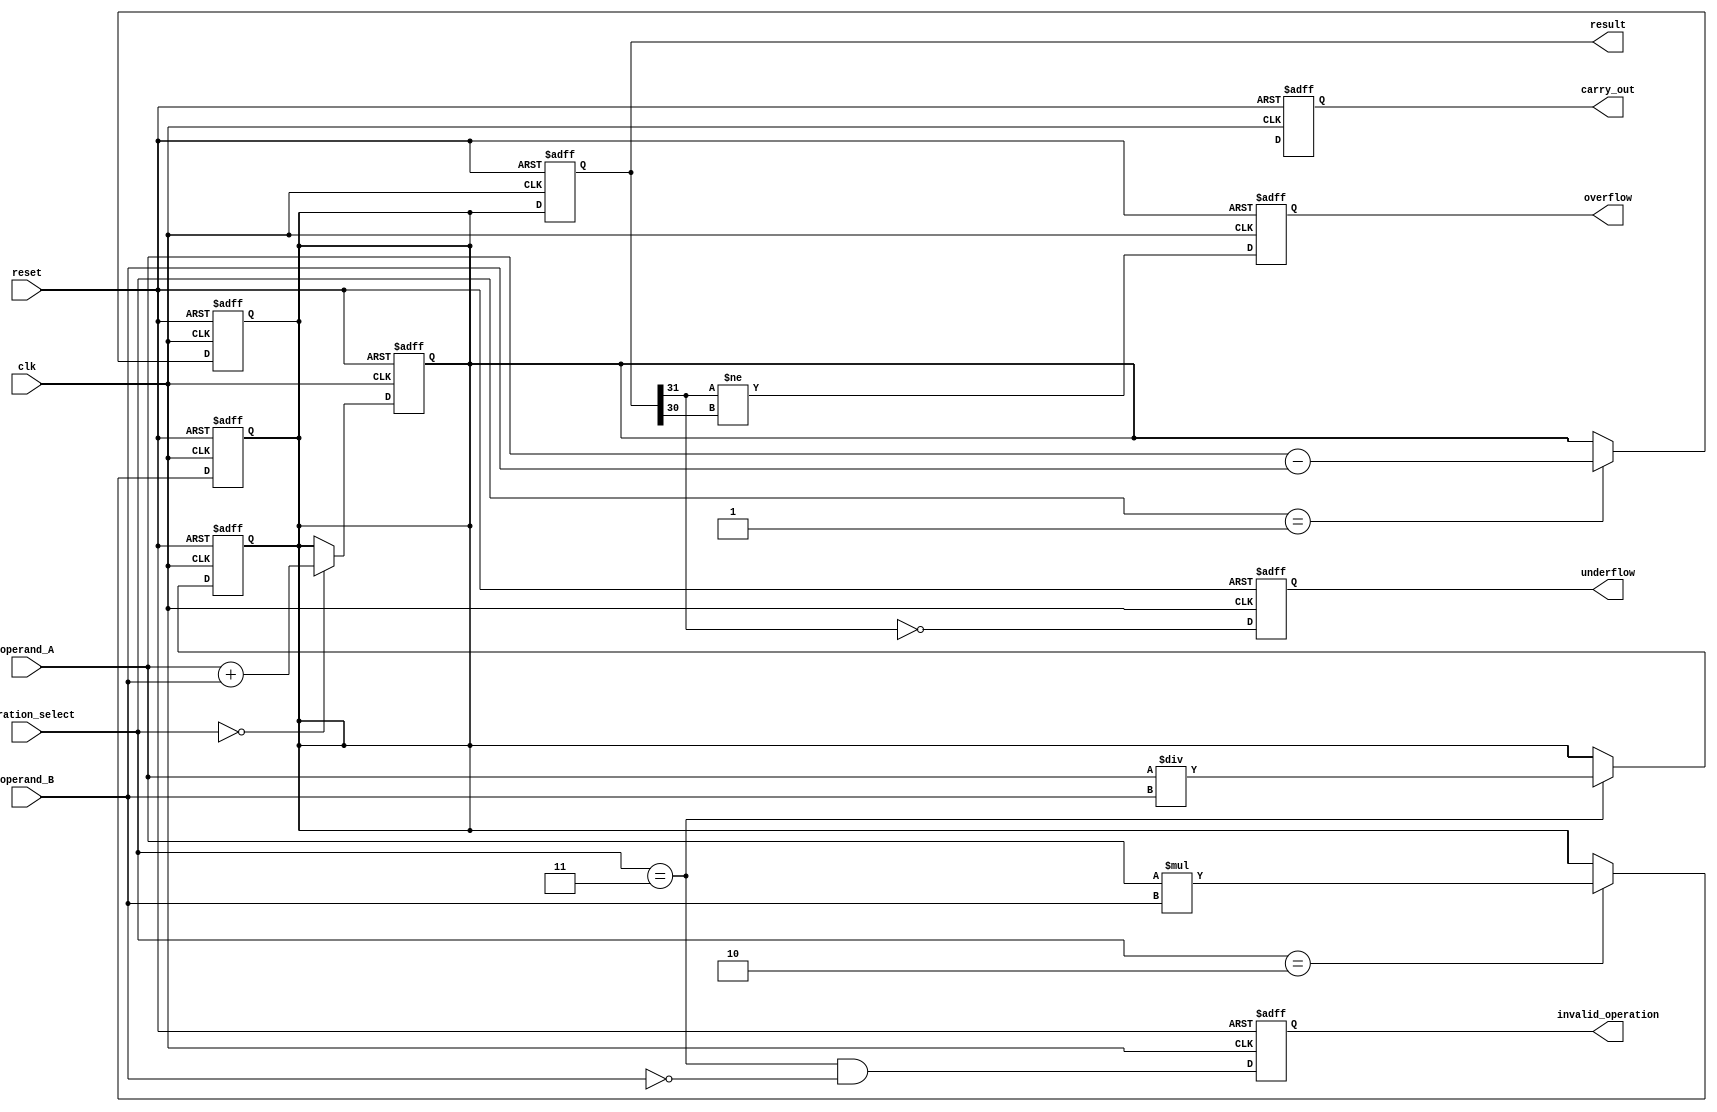
module single_precision_floating_point_unit (
    input wire clk,
    input wire reset,
    input wire [31:0] operand_A,
    input wire [31:0] operand_B,
    input wire [1:0] operation_select,
    output reg [31:0] result,
    output reg carry_out,
    output reg overflow,
    output reg underflow,
    output reg invalid_operation
);
  
// internal registers for storing intermediate results
reg [31:0] intermediate_result;
  
// Arithmetic block for addition
always @(posedge clk or posedge reset) begin
    if (reset) begin
        intermediate_result <= 32'b0;
    end else if (operation_select == 2'b00) begin
        intermediate_result <= operand_A + operand_B;
    end
end
  
// Arithmetic block for subtraction
always @(posedge clk or posedge reset) begin
    if (reset) begin
        intermediate_result <= 32'b0;
    end else if (operation_select == 2'b01) begin
        intermediate_result <= operand_A - operand_B;
    end
end
  
// Arithmetic block for multiplication
always @(posedge clk or posedge reset) begin
    if (reset) begin
        intermediate_result <= 32'b0;
    end else if (operation_select == 2'b10) begin
        intermediate_result <= operand_A * operand_B;
    end
end
  
// Arithmetic block for division
always @(posedge clk or posedge reset) begin
    if (reset) begin
        intermediate_result <= 32'b0;
    end else if (operation_select == 2'b11) begin
        intermediate_result <= operand_A / operand_B;
    end
end
  
// Output logic
always @(posedge clk or posedge reset) begin
    if (reset) begin
        result <= 32'b0;
        carry_out <= 1'b0;
        overflow <= 1'b0;
        underflow <= 1'b0;
        invalid_operation <= 1'b0;
    end else begin
        result <= intermediate_result;
        carry_out <= (result[32] == 1'b1);
        overflow <= (result[31] != result[30]);
        underflow <= (result[31] == 1'b0);
        invalid_operation <= (operation_select == 2'b11 && operand_B == 32'h0);
    end
end
endmodule